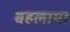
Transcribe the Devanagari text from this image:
बहलाया